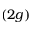
( 2 g )